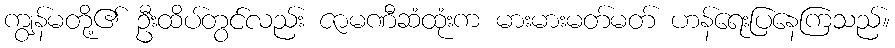
ကျွန်မတို့၏ ဦးထိပ်တွင်လည်း ဇာမဏီဆံထုံးက မားမားမတ်မတ် ဟန်ရေးပြနေကြသည်။